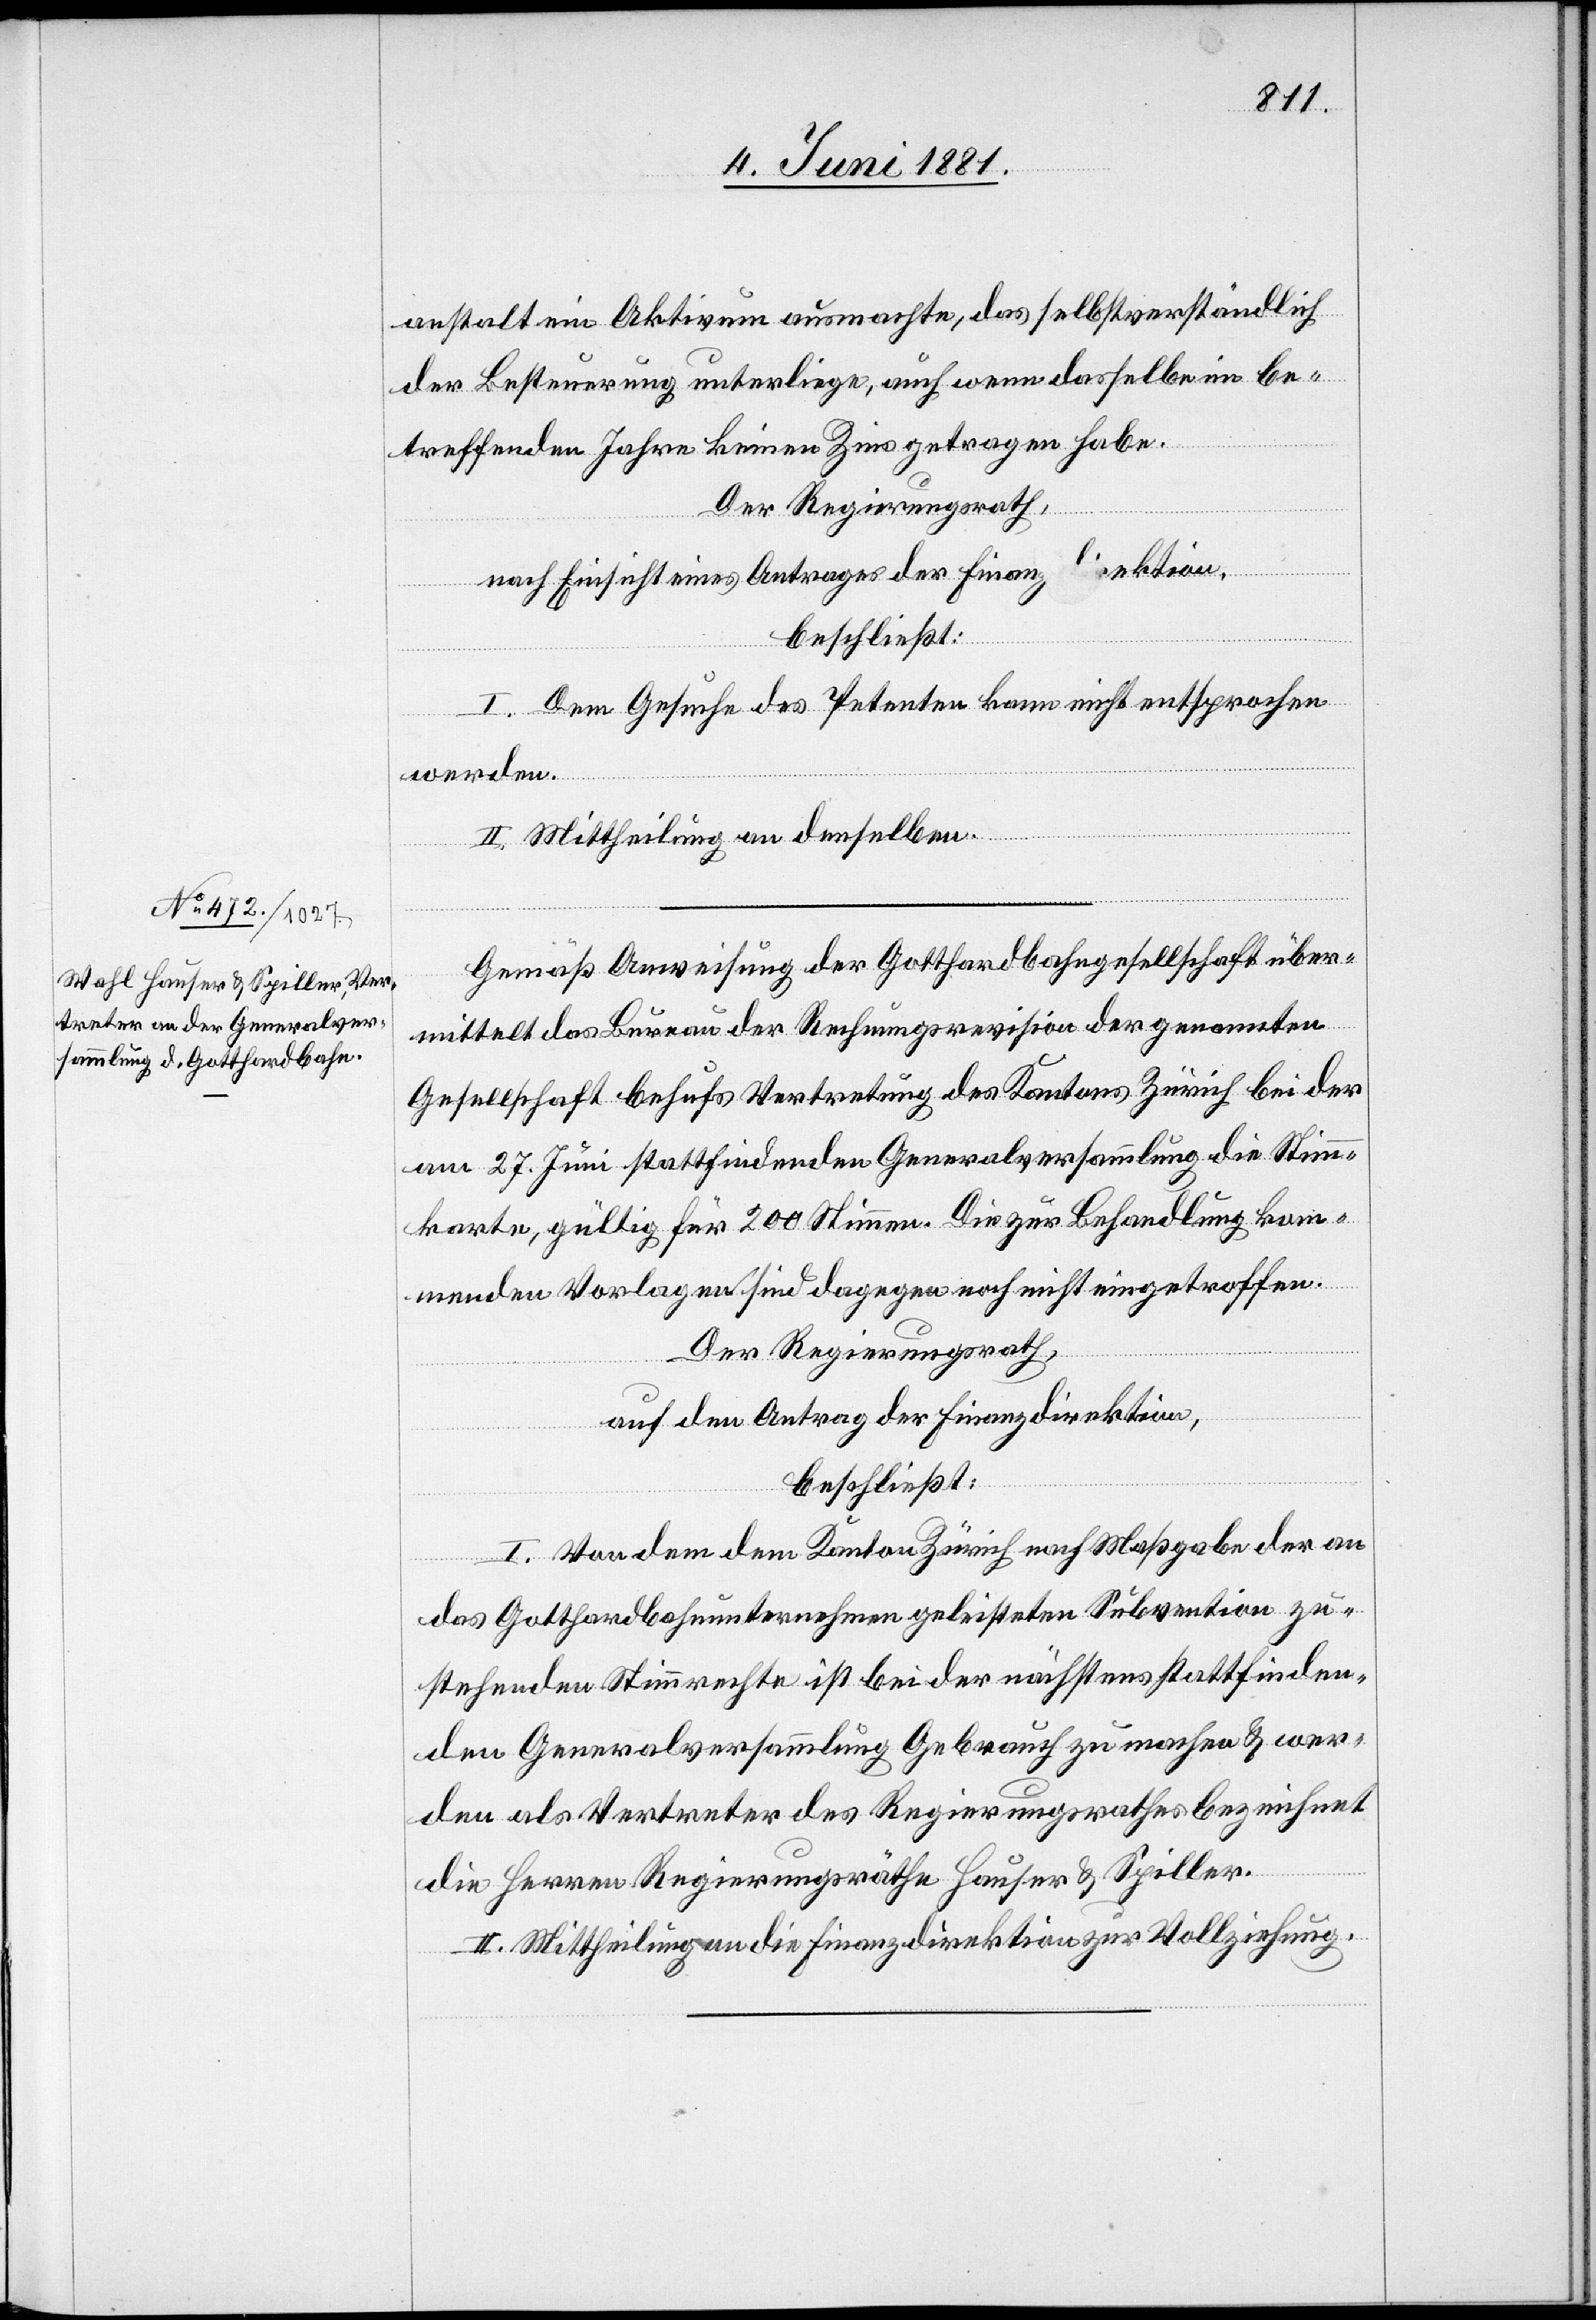
anstalt ein Aktivum ausmachte, das selbstverständlich
der Besteuerung unterliege, auch wenn dasselbe im be¬
treffenden Jahre keinen Zins getragen habe.
Der Regierungsrath,
nach Einsicht eines Antrages der Finanzdirektion,
beschließt:
I. Dem Gesuche des Petenten kann nicht entsprochen
werden.
II. Mittheilung an denselben.
Gemäß Ausweisung der Gotthardbahngesellschaft über¬
mittelt das Bureau der Rechnungsrevision der genannten
Gesellschaft behufs Vertretung des Kantons Zürich bei der
am 27. Juni stattfindenden Generalversammlung die Stimm¬
karte, gültig für 200 Stimmen. Die zur Behandlung kom¬
menden Vorlagen sind dagegen noch nicht eingetroffen.
Der Regierungsrath,
auf den Antrag der Finanzdirektion,
beschließt:
I. Von dem dem Kanton Zürich nach Maßgabe der an
das Gotthardbahnunternehmen geleisteten Subvention zu¬
stehenden Stimmrechte ist bei der nächstens stattfinden¬
den Generalversammlung Gebrauch zu machen & wer¬
den als Vertreter des Regierungsrathes bezeichnet
die Herren Regierungsräthe Hauser & Spiller.
II. Mittheilung an die Finanzdirektion zur Vollziehung.